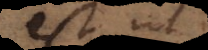
est ut